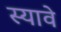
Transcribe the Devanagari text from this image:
स्यावे